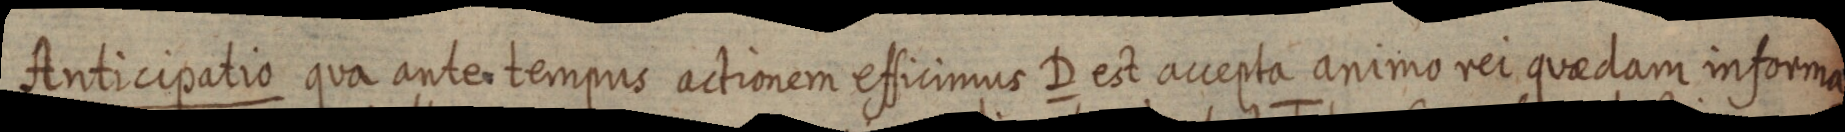
Anticipatio qua ante tempus actionem efficimus D est accepta animo rei quaedam informa